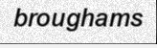
broughams